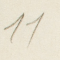
11